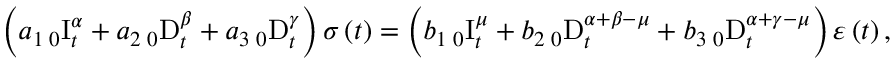
\left( a _ { 1 } \, _ { 0 } \mathrm { I } _ { t } ^ { \alpha } + a _ { 2 } \, _ { 0 } \mathrm { D } _ { t } ^ { \beta } + a _ { 3 } \, _ { 0 } \mathrm { D } _ { t } ^ { \gamma } \right) \sigma \left( t \right) = \left( b _ { 1 } \, _ { 0 } \mathrm { I } _ { t } ^ { \mu } + b _ { 2 } \, _ { 0 } \mathrm { D } _ { t } ^ { \alpha + \beta - \mu } + b _ { 3 } \, _ { 0 } \mathrm { D } _ { t } ^ { \alpha + \gamma - \mu } \right) \varepsilon \left( t \right) ,